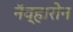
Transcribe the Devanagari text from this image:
नॅव्हारोन